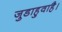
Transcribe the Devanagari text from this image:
जुडाहुवाहै।